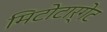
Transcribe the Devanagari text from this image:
मिटोटार्गेट